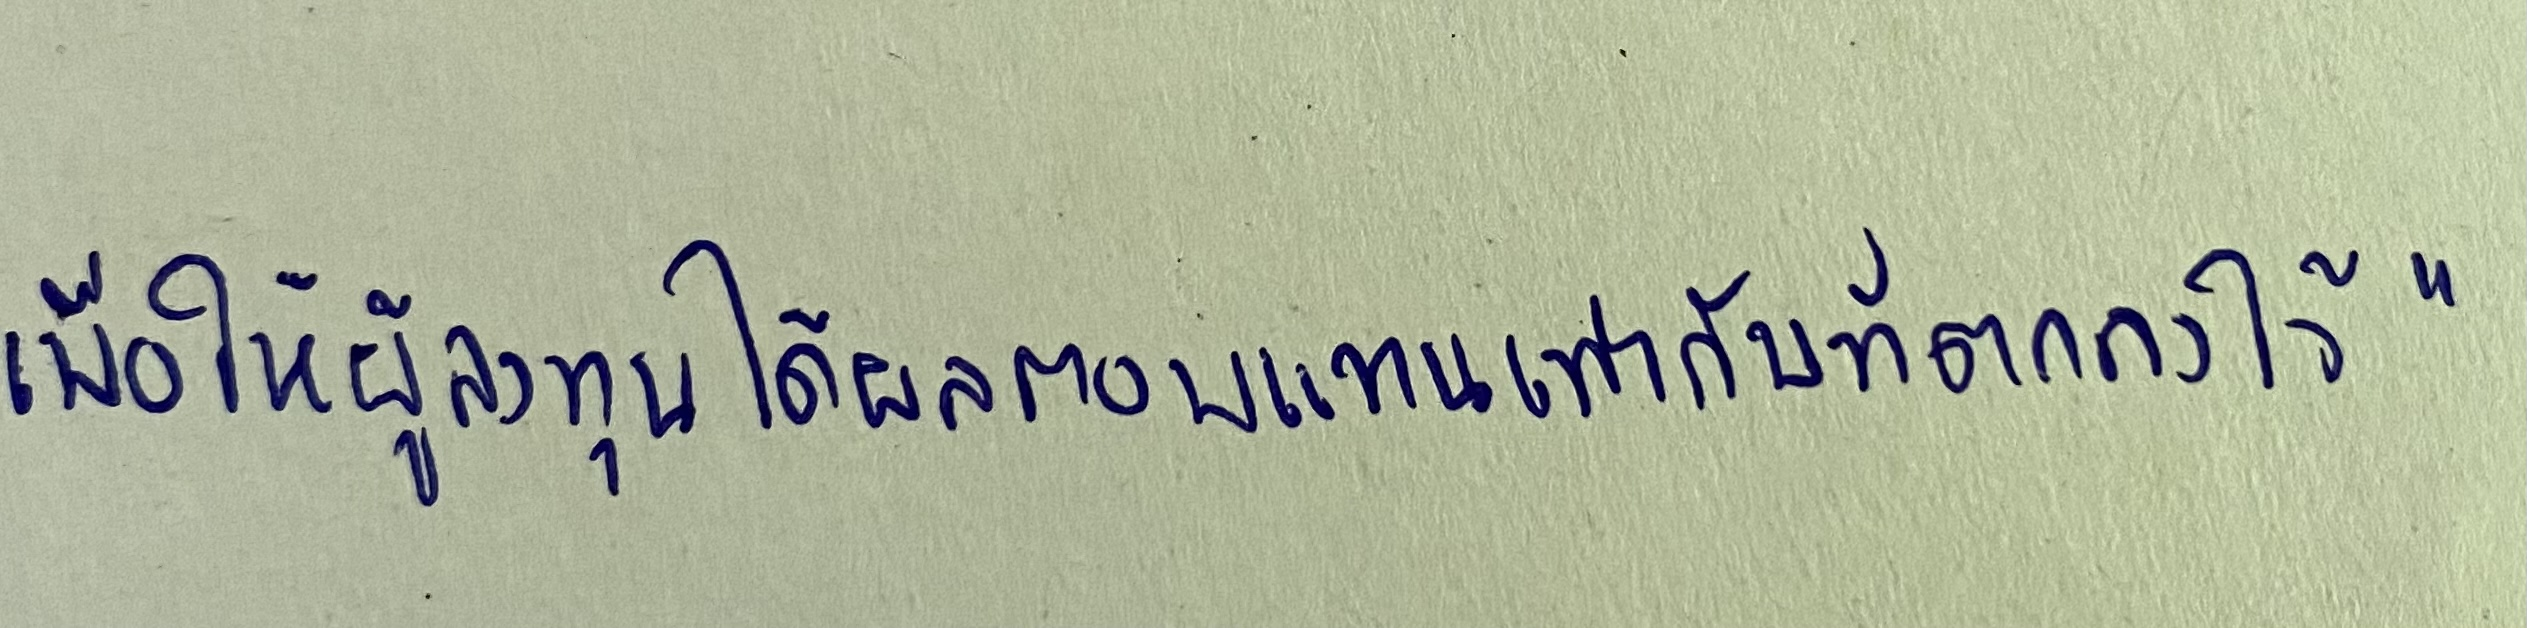
เพื่อให้ผู้ลงทุนได้ผลตอบแทนเท่ากับที่ตกลงไว้"